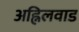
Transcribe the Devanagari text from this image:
अह्निलवाड